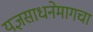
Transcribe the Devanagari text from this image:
यज्ञसाधनेमागचा